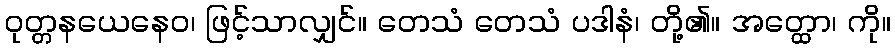
ဝုတ္တနယေနေဝ၊ ဖြင့်သာလျှင်။ တေသံ တေသံ ပဒါနံ၊ တို့၏။ အတ္ထော၊ ကို။